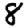
Digit: 8